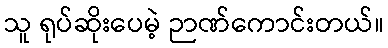
သူ ရုပ်ဆိုးပေမဲ့ ဉာဏ်ကောင်းတယ်။